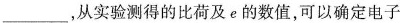
___,从实验测得的比荷及e的数值，可以确定电子